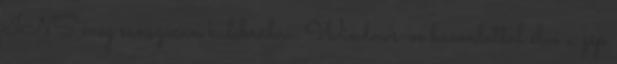
INS meg sanszosan kalibrálva. Windows-os hasonlattal élve a gép